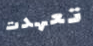
تعهدت